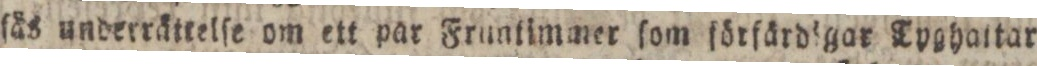
ſäs underrättelſe om ett par Fruntimmer ſom ſörfärdſgar Tyghattar